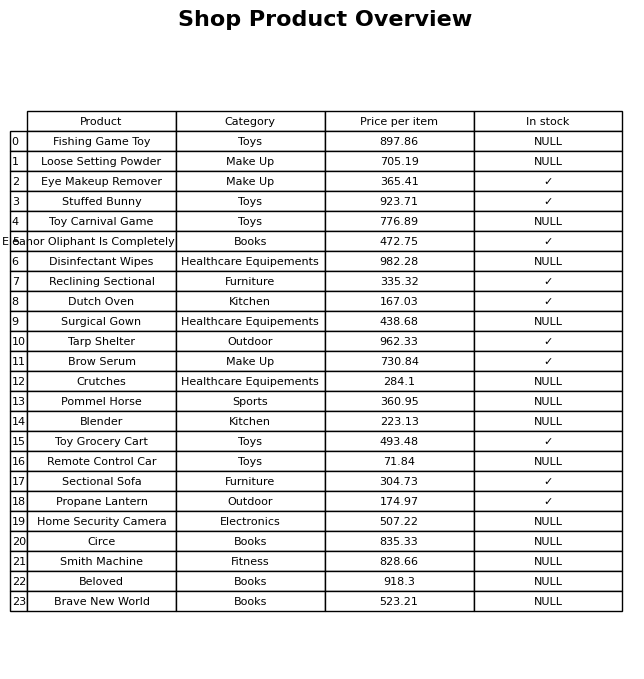
question: What is the stock status of the Tarp Shelter?
answer: ✓